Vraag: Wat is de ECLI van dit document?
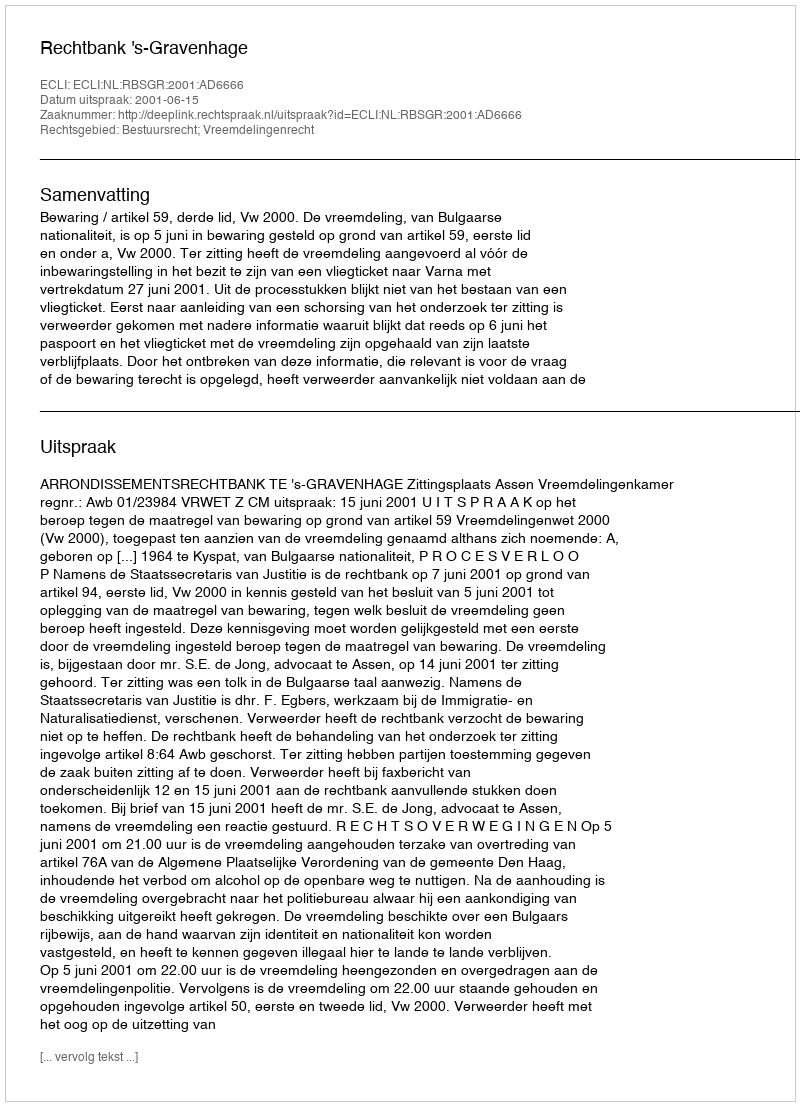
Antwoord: ECLI:NL:RBSGR:2001:AD6666